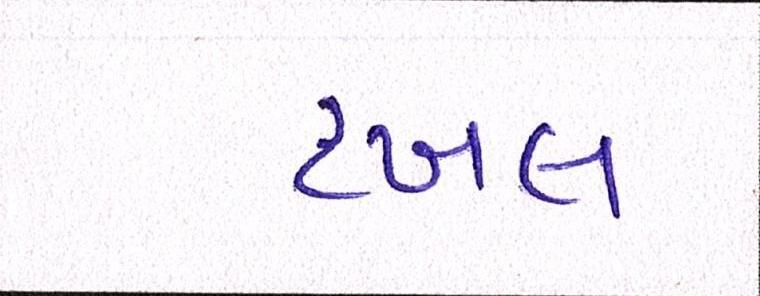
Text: દખલ